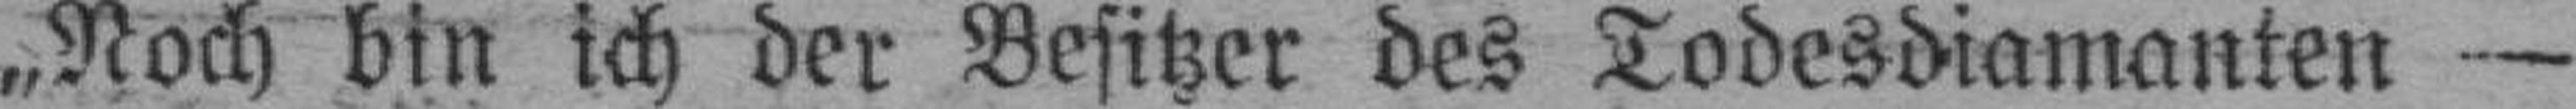
„Noch bin ich der Besitzer des Todesdiamanten —